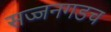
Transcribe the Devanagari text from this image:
सज्जनगडच